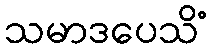
သမာဒပေသိံ